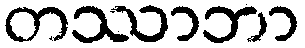
တဿာဘာ